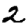
Digit: 2